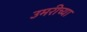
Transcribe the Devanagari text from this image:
उमरीच्या